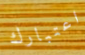
اعتبارك